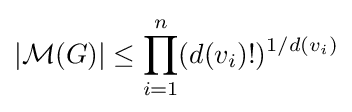
|{\mathcal {M}}(G)|\leq \prod _{i=1}^{n}(d(v_{i})!)^{1/d(v_{i})}